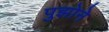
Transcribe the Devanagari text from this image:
पुझोने